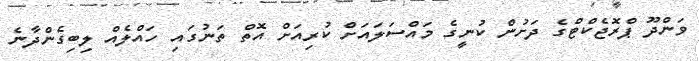
ވަންދޫ ޕްރޮޖެކްޓްގެ ދަށުން ކުނީގެ މައްސަލައަށް ކުރިއަށް އޮތް ތަނުގައި ހައްލެއް ލިބިގެންދާނެ